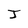
Character: J